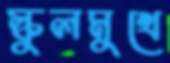
স্কুলমুখে